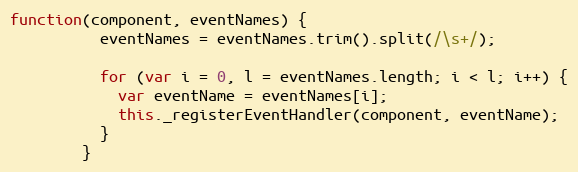
Language: JavaScript
function(component, eventNames) {
          eventNames = eventNames.trim().split(/\s+/);

          for (var i = 0, l = eventNames.length; i < l; i++) {
            var eventName = eventNames[i];
            this._registerEventHandler(component, eventName);
          }
        }